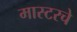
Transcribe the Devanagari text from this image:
मास्टरचे